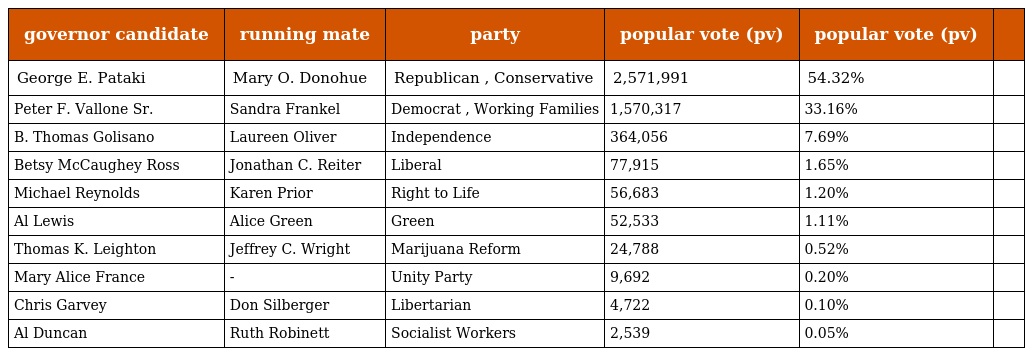
| governor candidate | running mate | party | popular vote (pv) | popular vote (pv) |  |
 | --- | --- | --- | --- | --- | --- |
 | George E. Pataki | Mary O. Donohue | Republican , Conservative | 2,571,991 | 54.32% |  |
 | Peter F. Vallone Sr. | Sandra Frankel | Democrat , Working Families | 1,570,317 | 33.16% |  |
 | B. Thomas Golisano | Laureen Oliver | Independence | 364,056 | 7.69% |  |
 | Betsy McCaughey Ross | Jonathan C. Reiter | Liberal | 77,915 | 1.65% |  |
 | Michael Reynolds | Karen Prior | Right to Life | 56,683 | 1.20% |  |
 | Al Lewis | Alice Green | Green | 52,533 | 1.11% |  |
 | Thomas K. Leighton | Jeffrey C. Wright | Marijuana Reform | 24,788 | 0.52% |  |
 | Mary Alice France | - | Unity Party | 9,692 | 0.20% |  |
 | Chris Garvey | Don Silberger | Libertarian | 4,722 | 0.10% |  |
 | Al Duncan | Ruth Robinett | Socialist Workers | 2,539 | 0.05% |  |